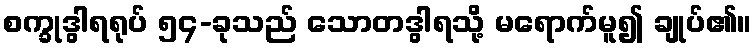
စက္ခုဒွါရရုပ် ၅၄-ခုသည် သောတဒွါရသို့ မရောက်မူ၍ ချုပ်၏။